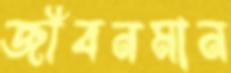
জীবনমান